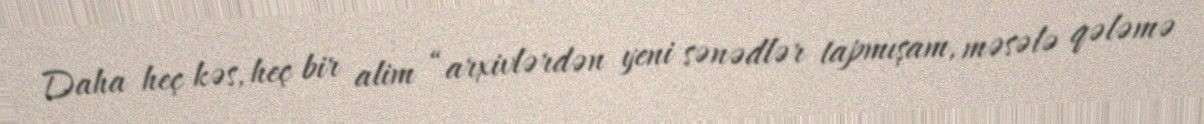
Daha heç kəs, heç bir alim “arxivlərdən yeni sənədlər tapmışam, məsələ qələmə